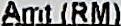
AMT (RM)